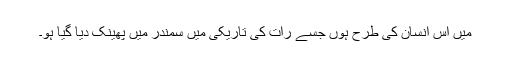
میں اس انسان کی طرح ہوں جسے رات کی تاریکی میں سمندر میں پھینک دیا گیا ہو۔